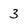
Character: 3